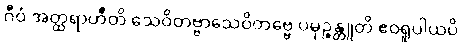
ဂီဝံ အတ္ထရာဟီတိ သေဝိတဗ္ဗာသေဝိတဗ္ဗေ ပမုဉ္စန္တူတိ ဧဝရူပါယပိ